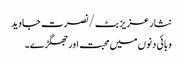
نثار عزیز بٹ /نصرت جاوید
وبائی دنوں میں محبت اور جھگڑے۔